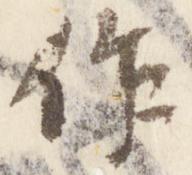
作